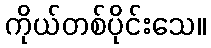
ကိုယ်တစ်ပိုင်းသေ။